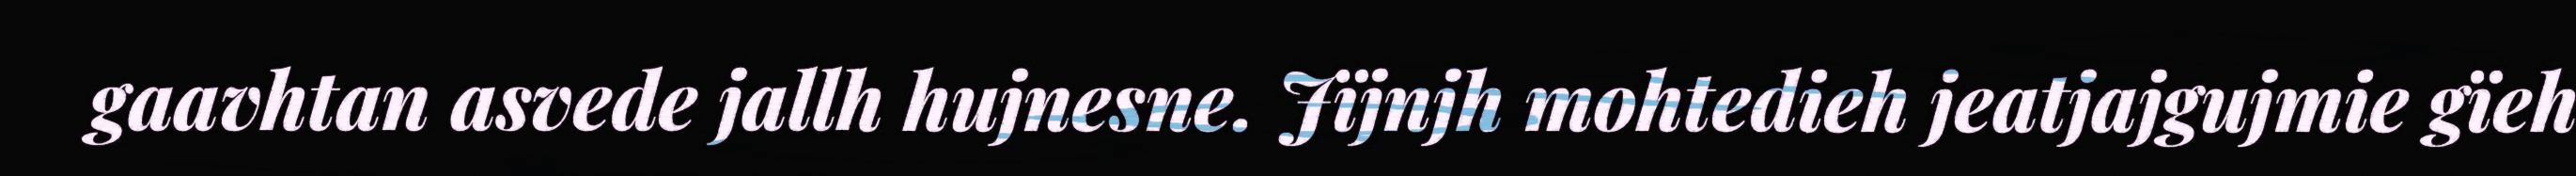
gaavhtan asvede jallh hujnesne. Jïjnjh mohtedieh jeatjajgujmie gïeh